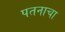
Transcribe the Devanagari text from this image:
पतनाचा